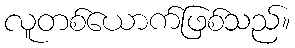
လူတစ်ယောက်ဖြစ်သည်။